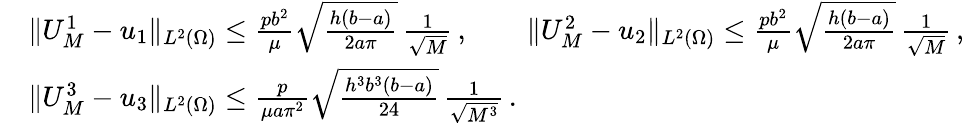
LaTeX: \begin{array}{rl}&{\| U_{M}^{1}-u_{1}\| _{L^{2}(\Omega)}\le\frac{pb^{2}}{\mu}\sqrt{\frac{h(b-a)}{2a\pi}}\, \frac 1{\sqrt M}\, ,\qquad\| U_{M}^{2}-u_{2}\| _{L^{2}(\Omega)}\le\frac{pb^{2}}{\mu}\sqrt{\frac{h(b-a)}{2a\pi}}\, \frac 1{\sqrt M}\, ,}\\ &{\| U_{M}^{3}-u_{3}\| _{L^{2}(\Omega)}\le\frac{p}{\mu a\pi^{2}}\sqrt{\frac{h^{3}b^{3}(b-a)}{24}}\, \frac{1}{\sqrt{M^{3}}}\, .}\end{array}